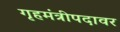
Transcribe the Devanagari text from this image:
गृहमंत्रीपदावर